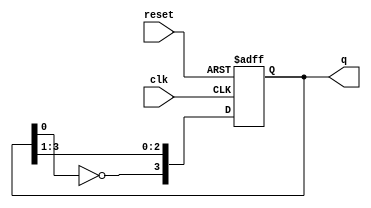
module johnson_counter (
    input wire clk,      // Clock input
    input wire reset,    // Asynchronous reset
    output reg [3:0] q   // 4-bit output representing the current state
);

    // Asynchronous reset and state transition on clock edge
    always @(posedge clk or posedge reset) begin
        if (reset) begin
            // Reset all flip-flops to 0
            q <= 4'b0000;
        end else begin
            // Johnson counter state transition
            q[3] <= ~q[0]; // FF0 takes the inverted value of FF3
            q[2] <= q[3];  // FF1 takes the value of FF0
            q[1] <= q[2];  // FF2 takes the value of FF1
            q[0] <= q[1];  // FF3 takes the value of FF2
        end
    end

endmodule